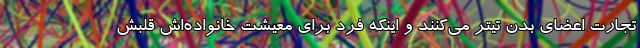
تجارت اعضای بدن تیتر می‌کنند و اینکه فرد برای معیشت خانواده‌اش قلبش